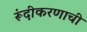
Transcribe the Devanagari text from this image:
रूंदीकरणाची